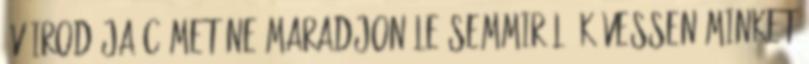
Év Irodája címet Ne maradjon le semmiről, kövessen minket